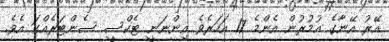
އޭރު އޭނާގެ އުމުރުން އެންމެ 17 އަހަރެވެ އިންނަނީ ޓެކްސީ ސެންޓަރެއްގަ އެވެ.